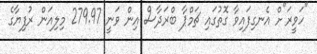
"ހަވީރަ"ށް އެނގިފައިވާ ގޮތުގައި ޗަމްޕާ ބްރަދާސް އިން ވަނީ 279.97 މިލިއަން ރުފިޔާގެ